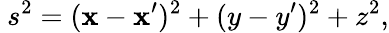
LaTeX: ~s^{2}=(\mathbf{x}-\mathbf{x}^{\prime})^{2}+(y-y^{\prime})^{2}+z^{2},